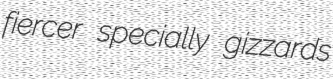
fiercer specially gizzards